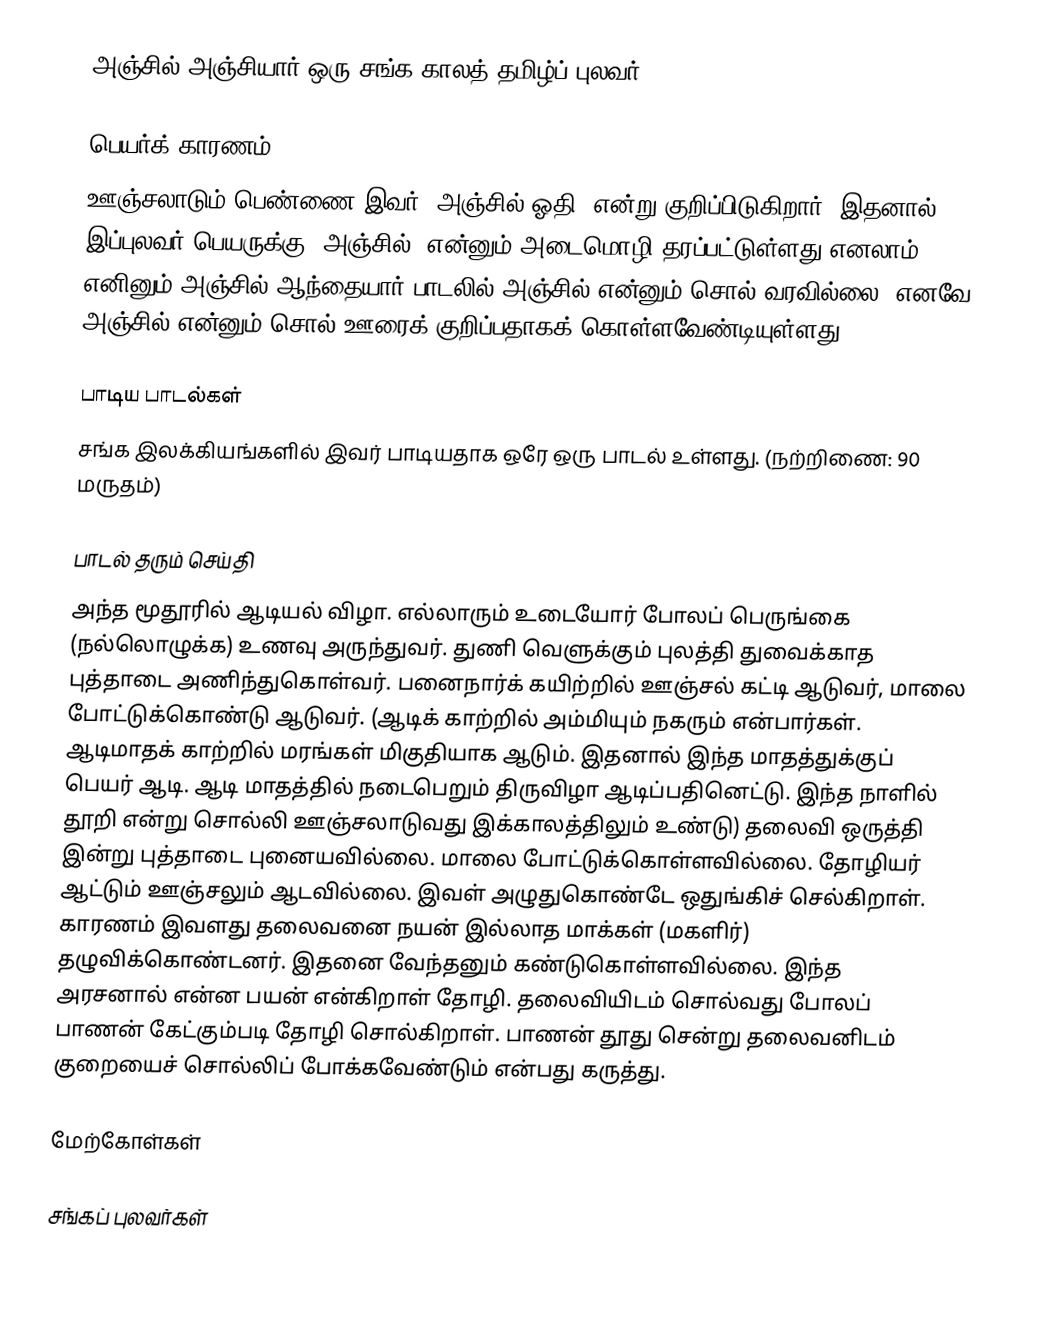
அஞ்சில் அஞ்சியார் ஒரு சங்க காலத் தமிழ்ப் புலவர்.

பெயர்க் காரணம்
ஊஞ்சலாடும் பெண்ணை இவர் 'அஞ்சில் ஓதி' என்று குறிப்பிடுகிறார். இதனால் இப்புலவர் பெயருக்கு 'அஞ்சில்' என்னும் அடைமொழி தரப்பட்டுள்ளது எனலாம். எனினும் அஞ்சில் ஆந்தையார் பாடலில் அஞ்சில் என்னும் சொல் வரவில்லை. எனவே அஞ்சில் என்னும் சொல் ஊரைக் குறிப்பதாகக் கொள்ளவேண்டியுள்ளது.

பாடிய பாடல்கள்
சங்க இலக்கியங்களில் இவர் பாடியதாக ஒரே ஒரு பாடல் உள்ளது. (நற்றிணை: 90 மருதம்)

பாடல் தரும் செய்தி
அந்த மூதூரில் ஆடியல் விழா. எல்லாரும் உடையோர் போலப் பெருங்கை (நல்லொழுக்க) உணவு அருந்துவர். துணி வெளுக்கும் புலத்தி துவைக்காத புத்தாடை அணிந்துகொள்வர். பனைநார்க் கயிற்றில் ஊஞ்சல் கட்டி ஆடுவர், மாலை போட்டுக்கொண்டு ஆடுவர். (ஆடிக் காற்றில் அம்மியும் நகரும் என்பார்கள். ஆடிமாதக் காற்றில் மரங்கள் மிகுதியாக ஆடும்.  இதனால்  இந்த மாதத்துக்குப் பெயர் ஆடி. ஆடி மாதத்தில் நடைபெறும் திருவிழா ஆடிப்பதினெட்டு.  இந்த நாளில் தூறி என்று சொல்லி ஊஞ்சலாடுவது இக்காலத்திலும் உண்டு) தலைவி ஒருத்தி  இன்று புத்தாடை புனையவில்லை. மாலை போட்டுக்கொள்ளவில்லை. தோழியர் ஆட்டும் ஊஞ்சலும் ஆடவில்லை.  இவள் அழுதுகொண்டே ஒதுங்கிச் செல்கிறாள். காரணம்  இவளது தலைவனை நயன் இல்லாத மாக்கள் (மகளிர்) தழுவிக்கொண்டனர். இதனை வேந்தனும் கண்டுகொள்ளவில்லை. இந்த அரசனால் என்ன பயன் என்கிறாள் தோழி. தலைவியிடம் சொல்வது போலப் பாணன் கேட்கும்படி தோழி சொல்கிறாள். பாணன் தூது சென்று தலைவனிடம் குறையைச் சொல்லிப் போக்கவேண்டும் என்பது கருத்து.

மேற்கோள்கள்

சங்கப் புலவர்கள்